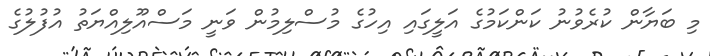
މި ބަޔާން ކުރެވުނު ކަންކަމުގެ އަލީގައި އިހުގެ މުސްލިމުން ވަނީ މަސްއޫލިއްޔަތު އުފުލުގެ